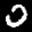
Label: 0